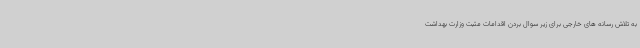
به تلاش رسانه های خارجی برای زیر سوال بردن اقدامات مثبت وزارت بهداشت